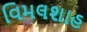
વિમલશાહ